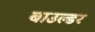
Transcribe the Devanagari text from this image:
बाउल्डर